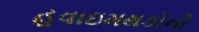
હવાઇમથકોની